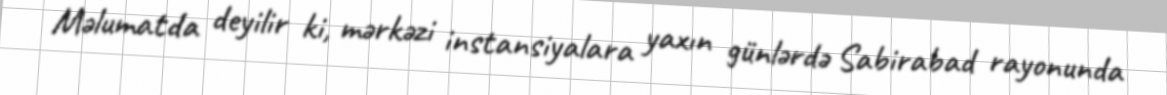
Məlumatda deyilir ki, mərkəzi instansiyalara yaxın günlərdə Sabirabad rayonunda